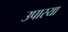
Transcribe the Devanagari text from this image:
उपास्या